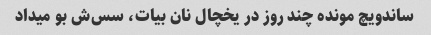
ساندویچ مونده چند روز در یخچال نان بیات، سس‌ش بو میداد